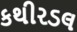
કથીરડલ